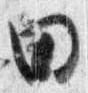
田